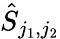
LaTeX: \hat{S}_{j_{1},j_{2}}